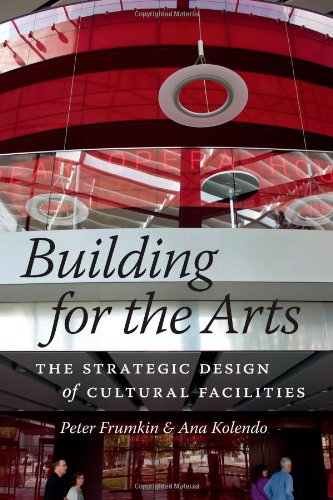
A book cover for Building for the Arts: The Strategic Design of Cultural Facilities; Peter Frumkin; Business & Money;